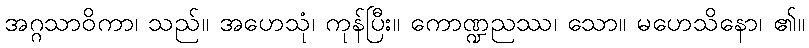
အဂ္ဂသာဝိကာ၊ သည်။ အဟေသုံ၊ ကုန်ပြီး။ ကောဏ္ဍညဿ၊ သော။ မဟေသိနော၊ ၏။